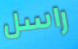
راسل